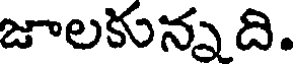
జాలకున్నది.